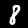
Label: 8